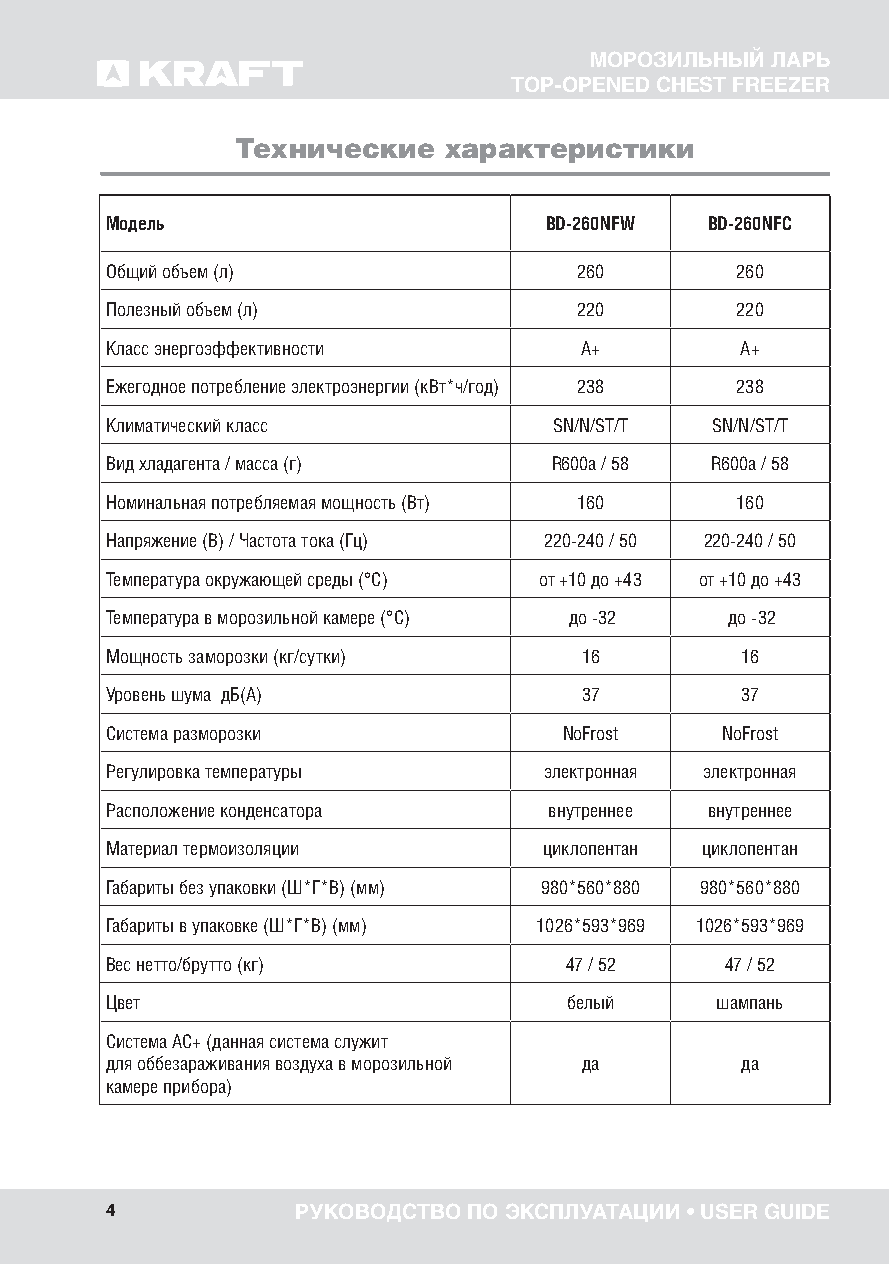
МОРОЗИЛЬНЫЙ ЛАРЬ
 TOP-OPENED CHEST FREEZER
 Технические  характеристики
 Модель                       BD-260NFW  BD-260NFC
 Общий объем (л)                260        260
 Полезный объем (л)             220        220
 Класс энергоэффективности      А+         А+
 Ежегодное потребление электроэнергии (кВт*ч/год) 238 238
 Климатический класс           SN/N/ST/T SN/N/ST/T
 Вид хладагента / масса (г)    R600a / 58 R600a / 58
 Номинальная потребляемая мощность (Вт) 160 160
 Напряжение (В) / Частота тока (Гц) 220-240 / 50 220-240 / 50
 Температура окружающей среды (°С) от +10 до +43 от +10 до +43
 Температура в морозильной камере (°С) до -32 до -32
 Мощность заморозки (кг/сутки)  16         16
 Уровень шума дБ(А)             37         37
 Система разморозки            NoFrost    NoFrost
 Регулировка температуры      электронная электронная
 Расположение конденсатора    внутреннее внутреннее
 Материал термоизоляции       циклопентан циклопентан
 Габариты без упаковки (Ш*Г*В) (мм) 980*560*880 980*560*880
 Габариты в упаковке (Ш*Г*В) (мм) 1026*593*969 1026*593*969
 Вес нетто/брутто (кг)         47 / 52    47 / 52
 Цвет                           белый    шампань
 Система АС+ (данная система служит
 для оббезараживания воздуха в морозильной да да
 камере прибора)
 4            РУКОВОДСТВО ПО ЭКСПЛУАТАЦИИ • USER GUIDE